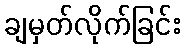
ချမှတ်လိုက်ခြင်း